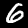
Digit: 6